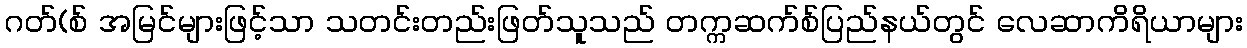
ဂတ်(စ် အမြင်များဖြင့်သာ သတင်းတည်းဖြတ်သူသည် တက္ကဆက်စ်ပြည်နယ်တွင် လေဆာကိရိယာများ